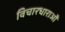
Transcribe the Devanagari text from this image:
विचारधाराओँ